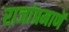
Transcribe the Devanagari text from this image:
राजांप्रमाणॆ